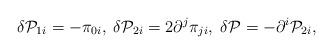
LaTeX: \begin{align*}\delta {\cal P}_{1i}=-\pi _{0i},\;\delta {\cal P}_{2i}=2\partial ^j\pi_{ji},\;\delta {\cal P}=-\partial ^i{\cal P}_{2i},\end{align*}